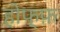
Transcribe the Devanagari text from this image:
होफ्फ़